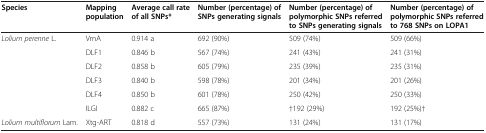
| Species | Mapping population | Average call rate of all SNPs* | Number (percentage) of SNPs generating signals | Number (percentage) of polymorphic SNPs referred to SNPs generating signals | Number (percentage) of polymorphic SNPs referred to 768 SNPs on LOPA1 |
 | --- | --- | --- | --- | --- | --- |
 | Lolium perenne L. | VrnA | 0.914 a | 692 (90%) | 509 (74%) | 509 (66%) |
 |  | DLF1 | 0.846 b | 567 (74%) | 241 (43%) | 241 (31%) |
 |  | DLF2 | 0.858 b | 605 (79%) | 235 (39%) | 235 (31%) |
 |  | DLF3 | 0.840 b | 598 (78%) | 201 (34%) | 201 (26%) |
 |  | DLF4 | 0.850 b | 601 (78%) | 250 (42%) | 250 (33%) |
 |  | ILGI | 0.882 c | 665 (87%) | †192 (29%) | 192 (25%)† |
 | Lolium multiflorum Lam. | Xtg-ART | 0.818 d | 557 (73%) | 131 (24%) | 131 (17%) |